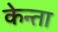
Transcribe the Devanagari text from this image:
केन्ता